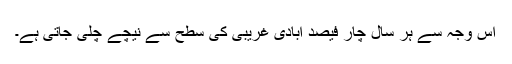
اس وجہ سے ہر سال چار فیصد آبادی غریبی کی سطح سے نیچے چلی جاتی ہے۔